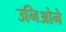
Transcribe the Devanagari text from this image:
उनिओने